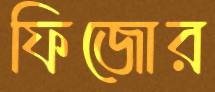
ফিজোর